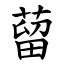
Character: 蒥